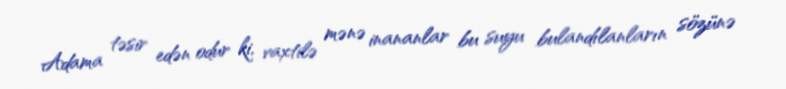
Adama təsir edən odur ki, vaxtilə mənə inananlar bu suyu bulandılanların sözünə